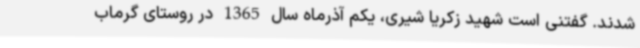
شدند. گفتنی است شهید زکریا شیری، یکم آذرماه سال 1365 در روستای گرماب